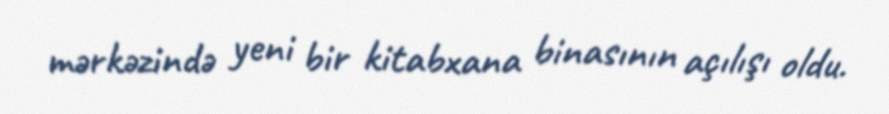
mərkəzində yeni bir kitabxana binasının açılışı oldu.